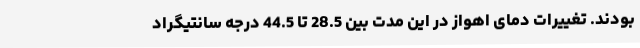
بودند. تغییرات دمای اهواز در این مدت بین 28.5 تا 44.5 درجه سانتیگراد